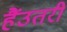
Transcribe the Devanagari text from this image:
हैंउतरी